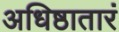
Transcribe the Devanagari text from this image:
अधिष्ठातारं